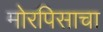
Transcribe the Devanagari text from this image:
मोरपिसाचा